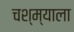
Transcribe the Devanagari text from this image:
चश्म्याला